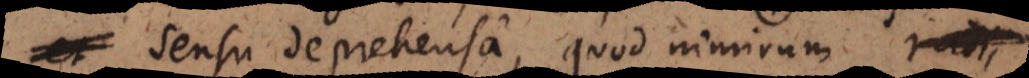
sensu deprehensa, quod nimirum radii